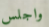
واجلس